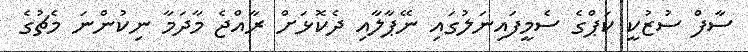
ސާފް ސުޒުކީ ކަޕްގެ ސެމީފައިނަލުގައި ނޭޕާލާއި ދެކޮޅަށް ރާއްޖެ މާދަމާ ނިކުންނަ މެޗުގެ